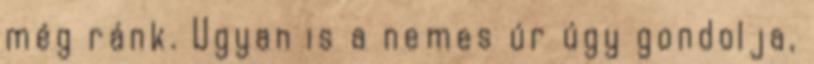
még ránk. Ugyan is a nemes úr úgy gondolja,